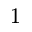
^ 1